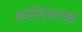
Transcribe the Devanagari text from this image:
कांतिजनक